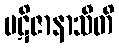
ပဋိဇာနာသီတိ